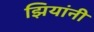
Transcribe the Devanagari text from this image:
झियांनी